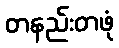
တနည်းတဖုံ